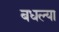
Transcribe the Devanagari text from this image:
बधल्या